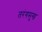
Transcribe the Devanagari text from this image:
तरंगमुख